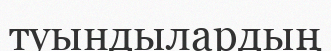
туындылардың